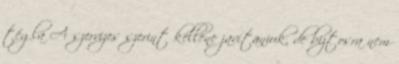
tégla A szervizes szerint kellene javítaniuk, de biztosra nem